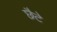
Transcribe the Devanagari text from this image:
छैटे